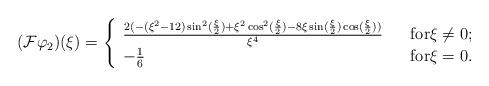
LaTeX: \begin{align*}( \mathcal{F} \varphi_{2} ) (\xi) = \left\{ \begin{array}{lll} \frac{2( - (\xi^{2} - 12) \sin^{2}(\frac{\xi}{2}) + \xi^{2} \cos^{2}(\frac{\xi}{2}) - 8 \xi \sin (\frac{\xi}{2 }) \cos (\frac{\xi}{2})) }{\xi^{4}} & & \mbox{for} \xi \not = 0 ;\\ - \frac{1}{6} & & \mbox{for} \xi = 0 .\\\end{array}\right.\end{align*}